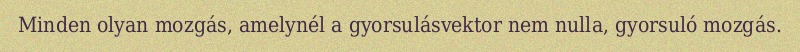
Minden olyan mozgás, amelynél a gyorsulásvektor nem nulla, gyorsuló mozgás.